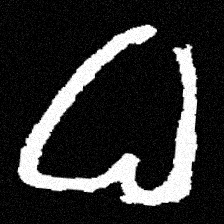
Pyu character \u2014 Myanmar letter: ဓ (romanized: dha)